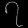
Digit: ၇